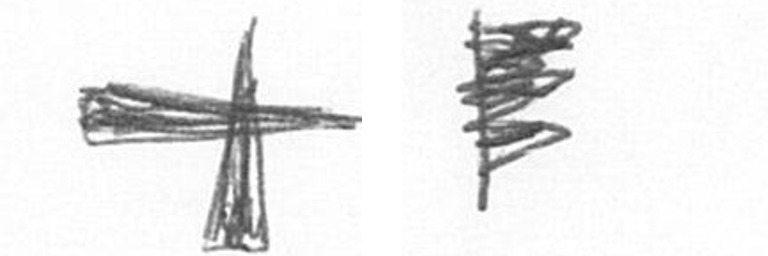
G H